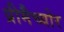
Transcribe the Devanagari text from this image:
प्रीमैच्योर